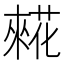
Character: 𰱷